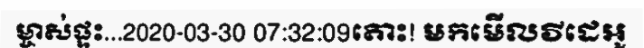
ម្ចាស់ផ្ទះ...2020-03-30 07:32:09តោះ! មកមើលវីដេអូ